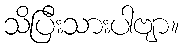
သိပြီးသားပါဗျာ။